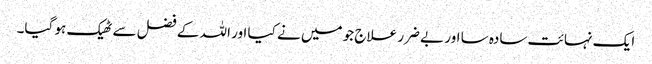
ایک نہائت سادہ سا اور بے ضرر علاج جو میں نے کیا اور اللہ کے فضل سے ٹھیک ہو گیا۔